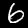
Label: 6